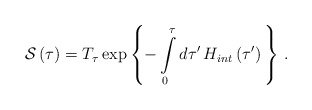
\begin{align*}\mathcal{S}\left( \tau \right) ={{T}_{\tau }}\exp \left\{-\int\limits_{0}^{\tau }{d\tau ^{\prime }\,{{H}_{int}}\left( \tau^{\prime }\right) \,}\right\} \,.\end{align*}